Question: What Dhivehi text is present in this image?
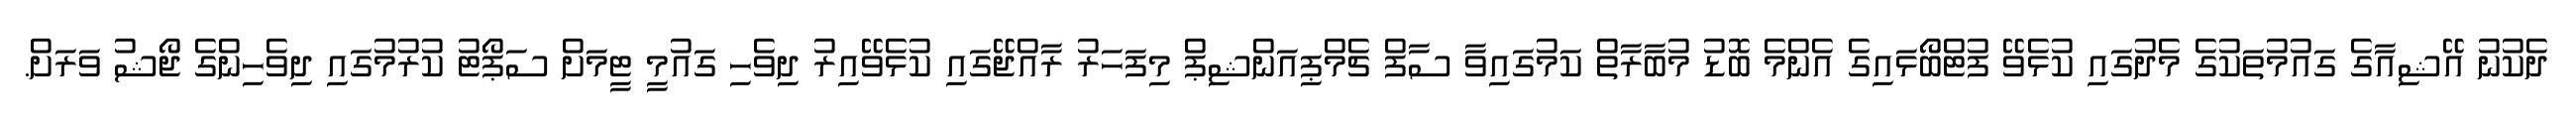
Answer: ދެކުނު އޭޝިއާގެ ގައުމުތަކުގެ މެދުގައި ކުޅެވޭ ފުޓްބޯޅައިގެ އެންމެ ބޮޑު މުބާރާތް ކަމުގައިވާ ސާފް ޗެމްޕިއަންޝިޕް މިފަހަރު ރާއްޖޭގައި ކުޅެވޭއިރު ދިވެހި ގައުމީ ޓީމަށް ސަޕޯޓު ކުރުމުގައި ދިވެހިންގެ ޖޯޝު ވަރަށް.